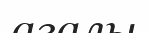
ағалы